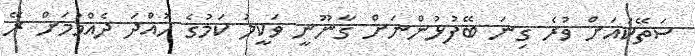
ސަތޭކައަށް ވުރެ ގިނަ ބޭފުޅުންނަށް ގާނޫނީ ވަކީލު ކަމުގެ ހުއްދަ ދެއްވުމަށް ރޭ